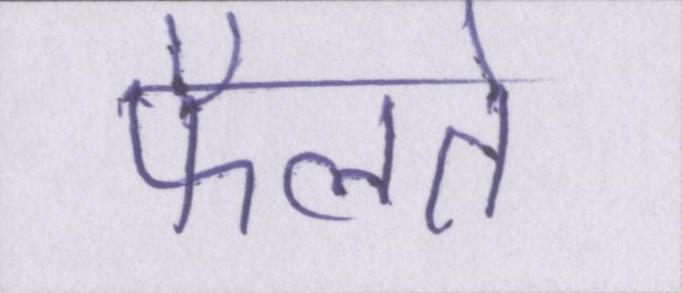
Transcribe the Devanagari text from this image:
फैलते